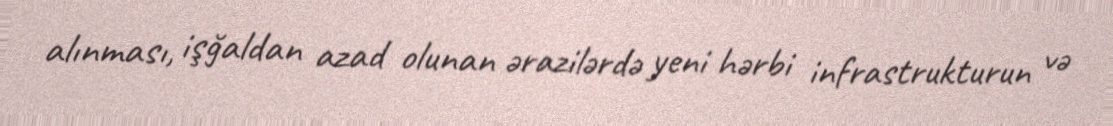
alınması, işğaldan azad olunan ərazilərdə yeni hərbi infrastrukturun və